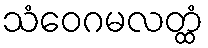
သံဝေဂမလတ္ထံ